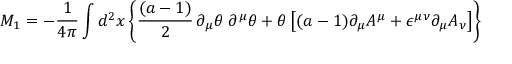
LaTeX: M _ { 1 } = - { \frac { 1 } { 4 \pi } } \int d ^ { 2 } x \left\lbrace { \frac { ( a - 1 ) } { 2 } } \, \partial _ { \mu } \theta \; \partial ^ { \mu } \theta + \theta \left\lbrack ( a - 1 ) \partial _ { \mu } A ^ { \mu } + \epsilon ^ { \mu \nu } \partial _ { \mu } A _ { \nu } \right\rbrack \right\rbrace